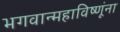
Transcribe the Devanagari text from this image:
भगवान्महाविष्णूंना